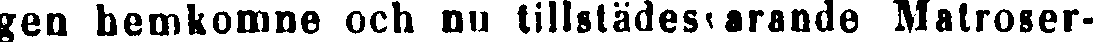
gen hemkomne och nu tillstädesvarande Malroser-